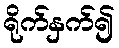
ရိုက်နှက်၍